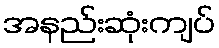
အနည်းဆုံးကျပ်